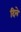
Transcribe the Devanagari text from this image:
दिलेे